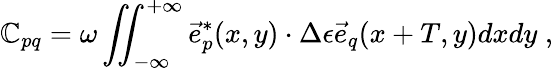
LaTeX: \mathbb{C}_{pq}=\omega\iint_{-\infty}^{+\infty}\vec{{e}}_{p}^{*}(x,y)\cdot\Delta\epsilon\vec{{e}}_{q}(x+T,y)dxdy\; ,